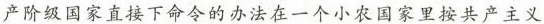
产阶级国家直接下命令的办法在一个小农国家里按共产主义